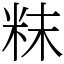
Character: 粖